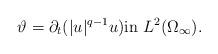
LaTeX: \begin{align*}\vartheta=\partial_t(|u|^{q-1}u)\textrm{in}\,\,L^2(\Omega_\infty).\end{align*}